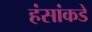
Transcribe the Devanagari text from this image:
हंसांकडे